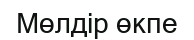
Мөлдір өкпе